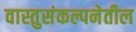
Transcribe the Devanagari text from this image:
वास्तुसंकल्पनेतील